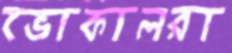
ভোকালরা